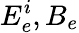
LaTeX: E_{e}^{i},B_{e}